Scottish Certificate of Education, 1962
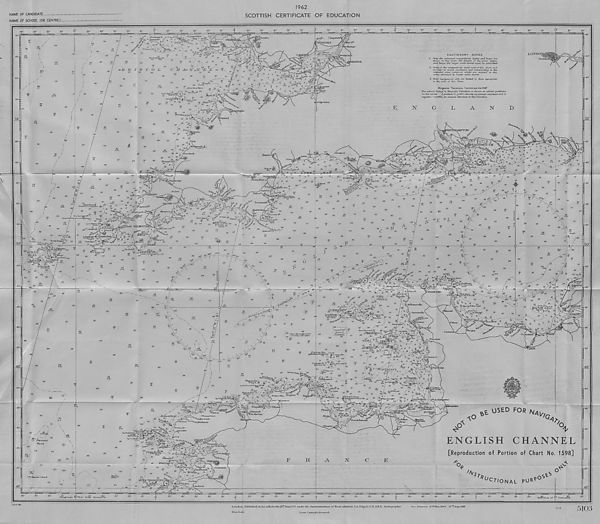
1962
NAME OF CANDIDATE
NAME OF SCHOOL (OR CENTRE).
SCOTTISH
CERTIFICATE OF EDUCATION
30'
30-
20
lO - -
5r
50-
40- -
20'
30'
H-r-r-r-i4 J 1 u y l ‘1“ l f i -rr-rr^YTTEi
54
6°
30'
40'
30'
20’
30'
40'
30'
20'
30'
50'
40'
30'
20'
30'
20'
-jnipiiyqn
40’
30'
20'
lO’
50'
40'
30'
20'
lO'
30'
20'
38
; s
|
45
60
44
S.Sh.
64
S.M
45/
f.S,'
59
39
29 ,
34
vshxratei'B.
vH*
9
A? (-cF
xO"\<>
27 \ 1
^
^
G°vens Sh^' 3^ -J. ^
,
-if .IPCaxmaxiben. % ™>
^:^x. 7 vigiz 3 *
42
25
2€jJ\.Z0scc.HM. -Xti
Dia..
oeB R I S T O L
^o^, 7 T^j *** u ” 13 \
•
FI .30 sec. v ■ ■ &£:■ **u. .
SWANS
ferr/ ifoel Fynyrida
-40’
Chepstowfe
SWPORT
’Rhossili.
'CpOclplSM.luVl
"14 12
Mu”' W®’
j.+P
j^AustS^
Vew Passage.
WhiteQy 5
/id,
;te r ■ If 4-1
27
]
\9 ,
FI 5sec.lIM
7 ft*
CARDI
$*'■
. Welsh
i'lounds
lAmx
o.l I Ha f-N. •••ivy >
O.a- Tk
' 4 i
:
to
23
I23 "
C H Ate N 22 JSf srJ.1
22
22
22 "St;-
StJ'
« N '
8 a
rfn
A 25 25
S<^ 12
JO
22
•5 5
20 8 S'
Of/ ^ <3
is
n n
St
5 5
37
24
22
45
30
*20
30
33
c.S.Sb.
24
24
TO
gy.M
45
37
35
53
52
54
42
T
^ ‘
_ /.
24 /T-A'te&JHyB* 24
R / ^
6p.FI.(2/2psec.m;/ f
Z g' 7 ey
21 /• .
25
S,r W R”
6 /
MortePf i
/9 7(
22
- 22
s "A
• -• —
;> Ex
20 F.L/5 sec.L
Dia..R°r
3 8.s'} $3
53 /"V J
r,.‘ v ' 7.,.
BRISTOL
I'Vi
ila'
3 i
43 SieeS^f
ifs /
24
22 St
5 3
4 jiie)pm\
<& e^\ 5
,*' + ,.;V,
.
asp??-' .-.
6 4+ ..Zs--■>,- +
^
27 G White Horse Races
24
23
"A,
27 ; 16
46
33
20
Explos.
25
34
45
42
.4s
25
24 ./
G
/
25
Ba
27
23
28
-•
f.S l.:
HartlaafJ fit&hi
25 yie fl
J %%
pis
Sidelard
38
41
33
32
37
35 f.S
27 /
,20
/IT
Ji,
7^|
^Sharpnose
It--
iBude
47
43
34
27 / A
45
54
30'•
50'
50-
45
41
G.Sh
37
/ JWod^nwuthB. .
30
33
46
40
34
32
Sh-St —
26
ShSt
26
22 , m '
Tantag^Ll
Eareterx
T^me.
CAUTIONARY NOTES
1. Only the principal navigational lights anil "buoys are
shown, an, this chart. Tor details of the -inner Tights
anil buoys the larger scale (harts -must be consulted.
2. Owing to the comparatively small scale of this chart and
in, order to avoid, confiision. and overcrowding in, the
congested areas, rvumer'ous wrecks are omitted in, the
areas embraced, by larger scale charts.
3 Raho -ruuvigaticrruJ, cadis are TimatecL to those appropriate
to the scale of this Chart.
Magnetic Variation Curves are for 1947
The, annual change in. Magnetic, Variation, is sTurwn, at certain, positions
on the curves, hpositiive (+) prefioc denotes an annual increase and at
negative (—) preftoa an annual decrease in the Variation.
■ -20"
E
N
A
N
D
TON
'*‘0,
4*
V<f*V
rC*V
Sidmou
Seaton ,
7 m
he^.,25
Obekidk. i
3 Straight JPf
43
39
37
Sh_St
37
33
34
33
-
\
29
27 24
r^^/hbridge
ft
Rippon Tor *
rr l564
jfewtonAbbot
Teigu
A
J2
L y m j :
is
(Brijdpart
15''tl
hi'Cet'
ter..ft. g£*.
sMOI
ster
V5?/h
Wa
Ir „ . 61 9
17 s"" 21
17
. H A "Y
.
- 19
8 /
21
a
31
25
25 2i , J7 ,
mBodniin.
46
27
24
Thj&Cat
id
^o^ksNose &
Tiers'-;]
iCf
?aigntnn,\
1
Xotn.es* 5
densoarrowE
Ptvm-
53
Sh2t
30
23
24
,/7
56
^
^
tBradsfnsO-oripiajLs)
[ 2° 16 17
* *’ 24 ' (S^AartCslI' 1 '
&>
V 18 ® 24 15 ir
' >
'
35
^ 2Z
KVieSteJ 2
- /7
j’.
*ia-<i6
-14,^16
Trarc
Msvagisseye
' m.
23
26
..18"
26jf>,
A
TorVB.™'"' 23
£exxyH.
25
27
27
DaxdmouthJ
i 16 i
?4
44
3<^ L.CornwU!Bt\ j
So
”^>4 6
rhuvytumbl^^mstrof^sdU^,
/m^'} 17
i, P
--7,
/
v.y 35 ;iv
( '
35
Gp.FI/4'75sec.20M,i<jL&ai i i 1
U-ftayU
8
ealmot
#).
pCf.
todmanP]
'yli.
22
28
tmgsbridgel. ol 13
31 BOH c
JTs
28^
%,-7;^/" 29(3es)'31
39
G.Sh.
.10, iiGuXLR
I Deepsj,
14) &>' Si
W.Rutts\j&'
fM..
V'f^ke.rries Bf 1
R" .
31
-A st
C.ComwaQl A
45
3.9 M-;
Rouruj t F,..
Seven Stones// j
43
.80
3i rft , J er .
47
j50
..... :'
48^C? y t
SCILLY
ISLE S
36
-a.
3Ct^0^ '
Gp.Fl/3///M. •
37
A?Fi T ,
Si * r '"^
Ron^s^Ws Explos. .T*
24 Ca. rn Bas e/'?} ^ \
( - 7. oil
V. - r .
-^-32
Epson S/i. 7/1
35
.Wolf
G
‘•■n.30sec./FM Reed
...
^2<&i. v.
^* fe 2.9^
11 18
Qcc.i&?20sec.l4M. ^
)
35
* ,—,4) ../
rwvf A !/ 30
-->• 37
38
^BlacMg
27 t V> 35
start, f:
FI. 20sect OM.
^W ; J& F.W/3M Siren
32
SSi.
37
30
39
39
40
38
f S'
39 .ik
32
32 ^
^
34
3 2^3 1
38
37
21 \
2a TteBohp\ "'Vy,
S(r?n/2/
• ,„. ........
i^m.
Inti'll), .S-St
38
/ 48 Crim An . . \K0f Tl5sec.l6M.(U) 42
GpFI05^c /8M-■ -..•. Gorret/Lai / SSh.
39
40
34
^StombStg'ii^Icyds Sly 1 S f]
44
47 48 35
&Thefo/ Bf
f Overfalls/
43
47
52
49
48
40
44
S.Si.
39
42
42
43
40
~3TT S.SK
/ 38
Start Bt'iih
36
33
34
32
36
iJVreck 23
is.
17
15 WestJB.
■ PORTLAND 1
\iol
'm
[4a:
4^,..
12 rM
§. 0 3 8/
14
o#.WIGH r
. h ,
„ Culver Clit
n: w^.5 3
•Al
, ,
y; ' ^ 4 %
*
e
mu\ e*
* 5 < 7
•» 5s
9^ - ' '
^v:-'k# « 5.
7
«
,v
S.Sh.
4j ^ >TwjEr; « ,5 ■
/VhTT^
m.
*- r '*
"
. JO^
>5^
^ J5 -6 D Vt
w ,4?/' 39
’r' ,^-si7 P |Dia.R <, B n
29-
/ s-ritJ /
■ <a
.■-"
^
" '
lp24
GpOcc/ 2 -
sec./8M.
xplos.
iq
18
15
A 22
19
18
23
if.
^ ^
&gn 62
7
4
■ mV 7 3 ^
>.. 99/
13 54rD ' a
“.iKar-V '^£<hr f 9 '
T
G
26
27
iti ijo
13
s'
z#r 4
23 /
""
28
it
M
/
^(SW^5^ 29
^
76
26
S V"
35
MS
20
29
25 x ^
A#
r£.
V? c
20
c £
1.20.1
20
,jO
20
SSt.
15
30 , G L,
30
30
\'"\ 28 '
' W ""
28
29
29
31
30
30
%
32
30
32
30
32
30
31
34
34
34
34
34
32
34
31
32
36
36
40
400
43
s£
oCQ
;\
47
47
53
55
-.50
48
48
45
47
30-
20- -
lO-
49°
50- ■
30-
20- ■
lO- -
48°
A3.
1501
53 Stf.S
55
' 60
55
53
58
59
59
f.S.Sh.
61
61
64
63
66
68
64
SSh.
52
48
-50- - -
48
45 s\
44
45
-49- c-SSK
10“
40
38
37
39
''''f'O ' 39/
38
39
40
f/v°'
/o
42
.'fe-
37
38
38
41
■Jh.
37
G
37
37
36
36
35
3 Z
38
36
35
_33_
25
30
32
S.St
H
32
32
26
29
V I""!,??*,.
Z ,,,/ / /
29
/ ''/Jo*
A
26
29
31
28
/
23
32
30
A
32
is 32
32
33
31
N
34
29
31
28
2 8 Sh.
25
S.Sh.
22
37
28
22
28
33
26
S.Sh.
22
S.G
(EApf"
35
36
36
31
30
41
£
37
36
32
42...
'f s"S‘VVr.
— "59 /
42
35
"39“
38
33
30
35
28
27
24
27
27
/20
29
24
2VZ-
3 §
33 -- —• " ^
AP^"
y
<>■
./>^32
"
43
■ ' 42
33
30
30
28 39
29
37
46
23
3o*Wi
38
29
6 7
^ „26 -■•JF'd?,.
/ Spr ‘£riS$!yi% Bsss^du Renier
A
24
22
,^./-E23j
24
/25
64s
48
SSI.
52
sJL
S^i-
47
54
42
42
43
57
42
..C.iYe al
—■ .46-
53
55
' ■47'.
SSii
48
GSh.
7
7^ RTT- " ■
- o-fsL-
40
■ 26)
-.R--
128)
53
50
S.SIl
58
63s ''
41
43
-31-
37
37
1 * 1 \ ;a.
/ 22 yexdeJobodkj-
- 34 CaxWSPrsy A', \14 ■
27
^ ^/V
"~? .'23; TjBi'duMilieu tZT-VJ
& 30 k.y
)i*"i
! \
. ' aol tatse7a
31 e s 28
^ I&33LJ W
26.
( J fSchole 19
30 J ^
^
\w\h
y*s 13 Japlev
-Gp.F
■..22 ML
36
/""57 s"'47
60
S.S1.
57
53
52
49
0O
A
47
y
42
42
35
39
39
59
SSh.
55
60
%/
\ \
V4
\' 0 ’' ,/ < lll /49 ! ,
'i.l90 r
48
S.Sh
tl
, ' 23 . Bstnc des Langous tiers
\ ^ \ (ProbcLblyy less water J
001
36
50
uni 1111
\
60
53
54
180
50
njyy no
?.!
40
32
37
/ <5g .7a..........
j • \
GrunJhV-- A •^•"‘V^' 23 Jll/ T
3-4
I
I Dump
| tArmrOy) |
l jDpWViP J
3^u ern3^;V'
. .
*
LesHanoxs ;.•«,'•+
FI.45sec.l6M. •-.'T;
Bell. Explos. .fv.
32
_ _ 33
3-4
,
I
3 1
I Dump? Gr. I
<3 +••' '"Blanchard
29
26
#
2 d ,
13"—'
15
16
8j yVcuiviile
de ■
(if* tliunmivxlk*
•f'vV ■ SurtaznvOle.'
■:‘h'
^''//
25
/ 2.7
S4
JBODEG
Ao'J'i/f;
0 , e \ 12
/
25
29 '^00 ///
V20
i’ni
\I90‘ '"1/1111
(20)
-y%y-
r °'
-r ./ 20
-30'
■20'
51°
-50'
-40'
-30'
20'
-20'
50°
24
/■i9
21
"<EAf
221
19
>-0
29
23
V
12
too -* /a,
-.jo*/'
- -50'
31
18
A
28V V-Cf
25
2E
V=^22
Inn n"'
-180°
%
7* 9,
:22>
'/i’ -^les de SlMar coruf
► Banc du\
Trois
28
30 s' ~
28
ylOj
BanoDesormesSi
16 DirouMit 1+
or^SSernosters't-it^-. “ |5 pi< •/.
23
.2 17 -
rvii
. i 7 :+"•
runes'-. v : 4 x l
■liJM.
%
"■ FEcnShditi-Pfk'es 1 \
.Marie*
CaxejitaxLrd
3_
f4i
N. 21
%
no°
22
22
13
Beuic 9 idc
~7+ Seine
Sz
14
1 rf\.20M. dAntifex - 40'
20,/.
; ?£ ;
-30'
e/ne V /
7. '/ ". *s
.,-5-
"■ RdEIM^T ‘
^
Plateau du &Uyados..
[•otrvflle ^
sfywrP,
Bigtrr
30
29
27
29
34
^t 5
25
09 S :2» «-
Westfils
23
2 L rS/ik/
LaCot-hiere'+T
0ce.Wft/£)sec./7M'
LeRtiaxt'
3d-. •A/Vi?:
A'
iAi •« v 4
-20’
vfere
A
Oixistreham
K Dives
JERS
SMle
Si'
StGermoin,
\ 21 \8
38 J
42
Lteaxi des .'£±24
hesllonvref/ ^.. F | 4sec , 2M
5 2 ' A'
o,
2 ?
\ 37
3J-
Plateau, de J ' w)k.8sec.4M.(U)
Bamoruic "''■■■..“ T 27
24
l Stx,rrn. fSiP't ^O///
■ -
22 I
25
8 6
!k' i.||
'<2
^4- +•- ^ c^RT^ I22 W
lcho.(l*% s + + +...• :. +•
Af l
llfj iramt'eS"'
5
jdeS
/ lP-9_
^ x / ■ ■ '
13 .-(
Sj 9 3 2
41 >3 '+ ^
Senequet
37
BamouiCt '' ^1 27 :
-isff.s"'
30
46
FI *3 ^Maurice
25
24
fr,
. B’tki Marie , , .
ft-
4g p. .j# '
W 4
4
./"*..
59
Plate andes
G^!^^y 38. ;; .. 4 ..r"0 5;
Triagbz^- ,'^a" 31
37
epoca/a;^^ 29
22
&
< ...-.
:1s,; zoXd~"-
25 sij*. %..J Hf, -•
^ ”
23
73
$*>
72
53
50
42 Gp.0cc/2/ W. R.8^ec.l4.liM. /'
53
St
,6 >. ■ .•&■■'
28’ N .
• 13 “
. ■ bpOccx
, + ■ .'-% w *
,
v.,_ ...»
R!? + • M'iii-q-tiiex'S
! -.T ....# /?.V
•" J/A."J-J V.':A>. 5,;+'---. 2 . 2 ’‘' , «.
V ^y-A AT’r 5 ''*y 3 * s yA 1 V
■r^JtesA •••..' rit +i^ :#
j ,
424
22
•-WmgbfeX' ••' - _' ;•_ leitmr Z^pFifC*. W
- Gp ' F yiA,-.z*M.
29
Sauvagei f/rw.
4f, / 12."
cA
?4
.BarcS de
r\5si$.m&
12 Rif
%. *
: lp/ l+:\ / 4* :. (£4
58
40
58
46
Gpfl/^j . I.deBas.
i20l<!c.20Mif/
-28
,'18."
'i:V.
14 /°S
15 ReZ&ach..
2 r ;e 3
65 S.Sh
48
72
77
71
81
/' "\
fW^G-Sh
/
f s Parsons
Bank
59{
\ ™
73
75
\68
sab.
(70;
65 .
S.5^.
,'00'
73
77
/69 I
;■ GSh:'
(00/kaJser-i-hind
(70)
(70)
/ 62
/ SK
79
60
T Zi
I.Vi,
32
zen Veny.
Qeyn Cosj,
yy. ■
Anse-di Kemxc
'GouLven,
&> v
60
i 50 Oj, .
/ 3 ;.. ’ . .ArOt-—*:
56 \
i pVirjPorsal
sRoches de/Porsal. ■
49
57 S.Sh.
„• .-
/
w%*
•••'
.. '50
... / .•
t^sZgar***- 90 -^*" •
'Plouguemeau.
l/Ahervrach
F,L(Aberbeuoit
'PLouga
'Plouezoch
'torlodx,
. Trebeurderu
‘S*l.
pyot
Tre giiier"”
2£ X4>Spble
-.5j \
C de/Minar
0a
s?<>uqjkj;4'
27 ^
2
17
. jfGrandL ej on, ff
t)t:/GpFl.(MW.R.2o/*c.9,sm. V>-> • Ra>11
•*♦
hB^Trooree
15 17
12
25 ;<4 i - t'B.des Sauvages
VO'
"
Rocheide ) 3.
1/ 8,
13 (32. %
«4
%
; '5^feaxK A
' • • 7
'■Bate de
ST Brlhuff
Ki,/
5TMALOZ
"det
iupdu-
-Portdel
iRance
< (MontS t Michel
si^EermcOes
MISS
tDbL
ranches
rPortxpoder
fBrieuc.
A
•\0
&
USED FOR
n av,
-10'
49°
-50’
- -40’
f G
Ay
/,
Gp.
59
L '
•V'..4V^, : /A ^F20M
F\.l3IR.II8f96AP J?c%€ 1 ^ 4VV.' ' 0< ''if V,
Siren-.
■ +■ . • ffiXjk-"',-. •./ Gp.(
-.V
Gp.Occ/2,
\
‘ (Plougost -de Delos'
60
65
59
62
•30
•:2,+* ■ . • -.f ' •* ■-•'•■•*
Bierres Moires-,^., ..-. ■"
g J3
\
FI.R3|fc75M.
28 Gp.Ocp/2/y)
„\ 33
3andhee0
9^ A/*
\
s' uF duLis A&
BtMelTroise''4) v.
•57?
! : dr,-V '23V i9 2 r* t]
CAefe;Qievre:c
* Croton.
a *,rr/72'R?
65
53 /
23 /\-:
22
iBs' «
'iloua
diaiecle.
\Lel
.SlSdbaartien,
ENGLISH
CHANNEL
[Reproduction of Portion of Chart No. 1598]
- -30'
-20'
F
R
A
N
E
i.5
^^VlrUIa 16
20 17
'N
-io'
O^sSfideSein^^/'-/. 2 ?/.-
S^;..: •::
.
■
jt
,,,2,
GouJien.1
74
40'
30'
20'
65
PrtinRaz
\
/
11 | H I 1 l~l " l j ' | , | J
Longitude GlVest from Greenvneh
20'
^CT/ ONAL
P UR ?°
S^S
hAuclieme
10'
50'
40'
30'
20’
lO'
50'
40'
30'
20'
lO'
50'
40'
30'
20'
lO'
50'
40'
| . i *!ni i l i i i i t i Afl i l I I I I p.
30'
20'
■ r-T -i n rr-nr-i , , i i )~r
pi i nui i i !i i i nui i i i i i . i
i n. . . i i i pI m. 1 j Ji )i Li i ; i
20'
J 0
50'
J_
40'
30'
-r f r i t r-f rT-r i r~i t-
l i i nj i namnunfl i i j
rnmigaBBi
48°
Merxdiaxi of 0 Greenwich.
20'
C.B.H.786
Lond-oxx-PuMished. at tire A/lmicalty^S^ Junel9 37 under the Superintendence, o/* Rear-Admiral J. A.Edge3I.C.B..QBE. Hydrogropher.
Pn.ce Os.6d.
Cro’wiL Copjan.^b.'t Reserved.
Eew Ed.iti.oTia 2S A 'Ncrv,194b . 27^Aug.,1948
Z.I-61
5103